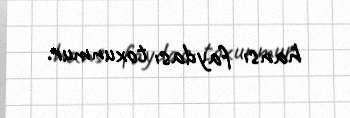
hansı faydası toxunmur.